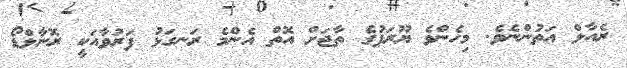
ރެއާލް އަތުންނެވެ. މިހެންވެ ޔޫރަޕުގެ ތާޖަށް އޮތް އެންމެ ރަނގަޅު ފަރުވާއަކީ ރޮނާލްޑޯ